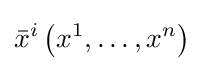
{\bar {x}}^{i}\left(x^{1},\ldots ,x^{n}\right)